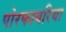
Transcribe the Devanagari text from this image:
पोरफायरिया